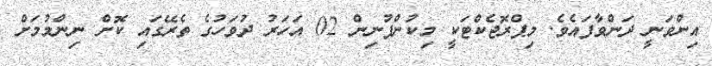
އިންވަނީ ދަންވާފައެވެ. މިޕްރޮޖެކްޓަކީ މިކުންފުނިން 02 އަހަރު ދުވަހުގެ ތެރޭގައި ކޮށް ނިންމުމަށް